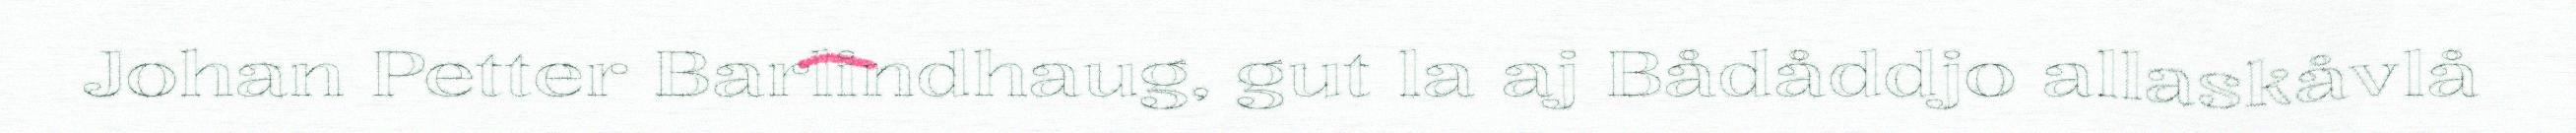
Johan Petter Barlindhaug, gut la aj Bådåddjo allaskåvlå